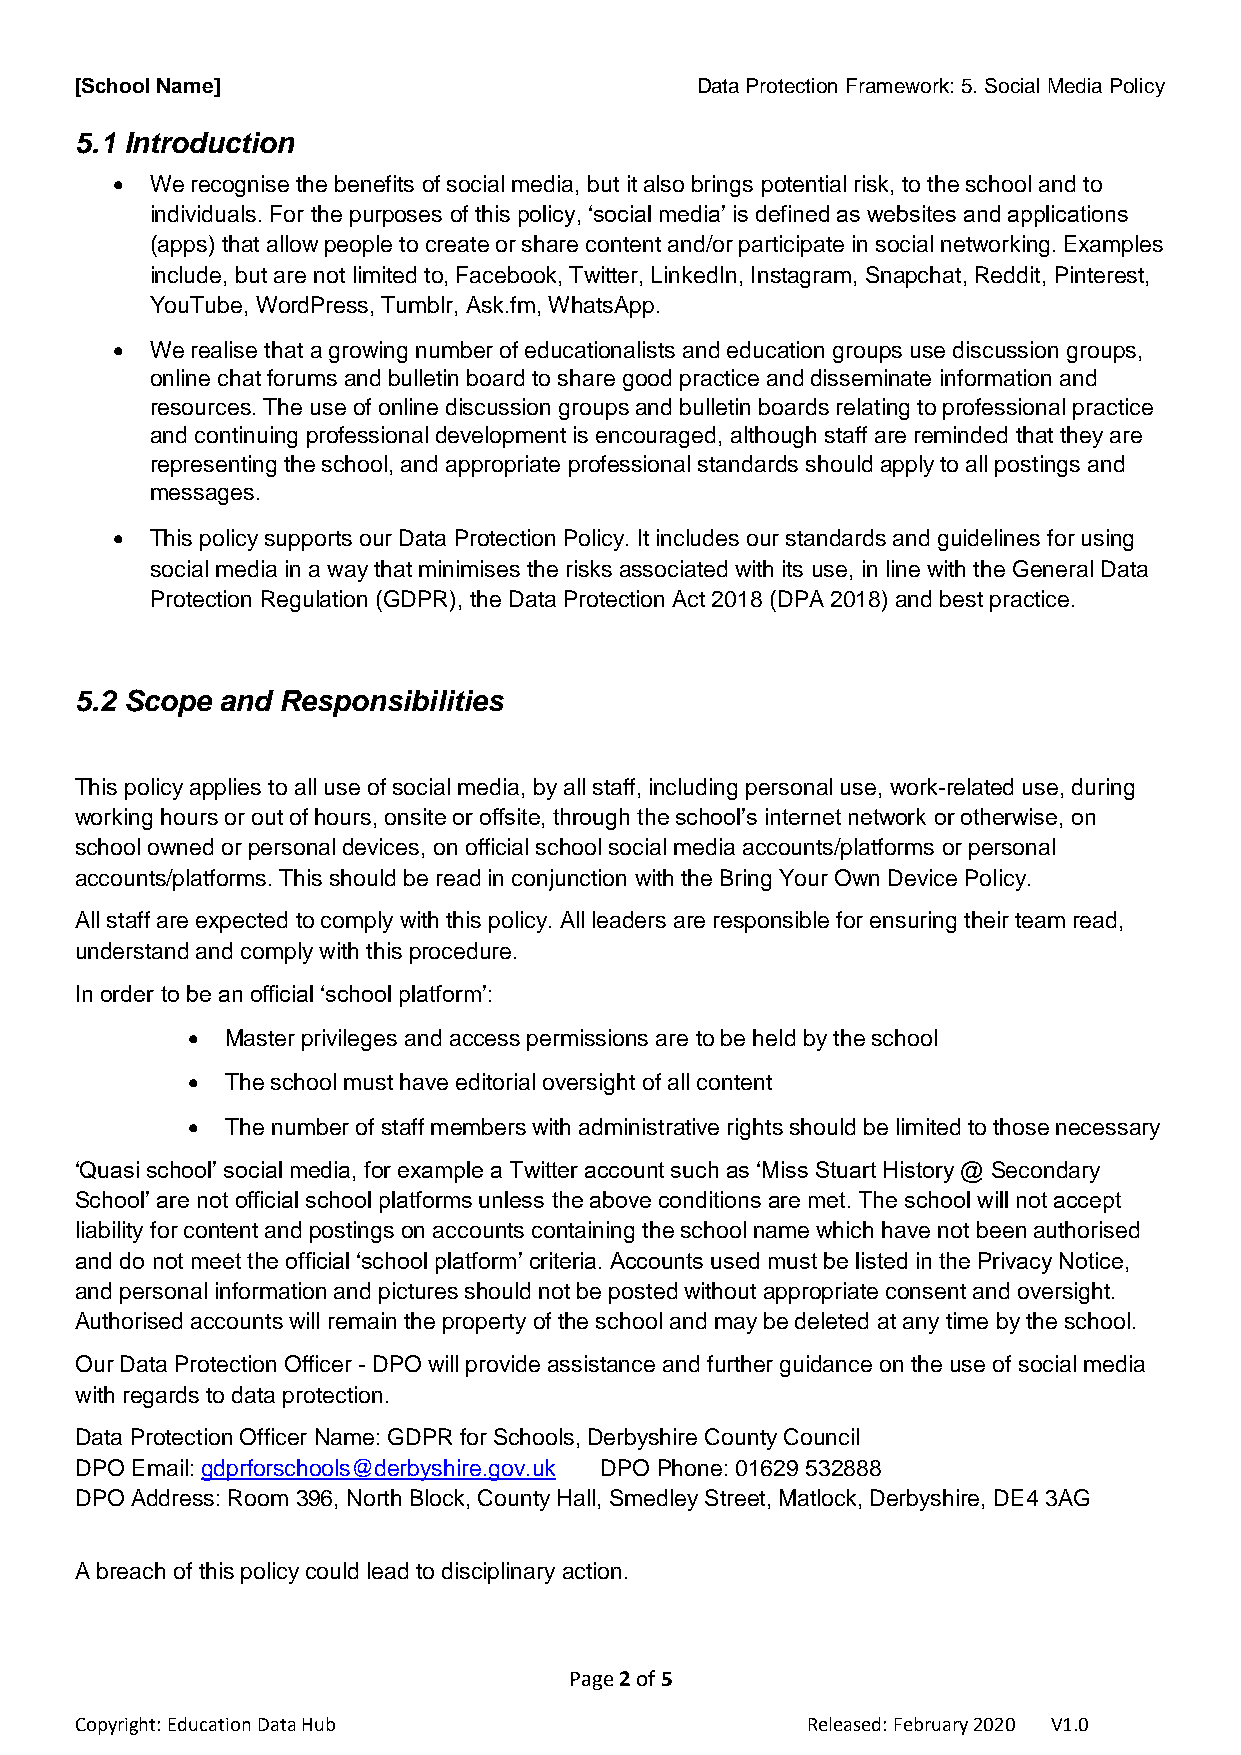
[School Name]                            Data Protection Framework: 5. Social Media Policy
 5.1 Introduction
   We recognise the benefits of social media, but it also brings potential risk, to the school and to
 individuals. For the purposes of this policy, ‘social media’ is defined as websites and applications
 (apps) that allow people to create or share content and/or participate in social networking. Examples
 include, but are not limited to, Facebook, Twitter, LinkedIn, Instagram, Snapchat, Reddit, Pinterest,
 YouTube, WordPress, Tumblr, Ask.fm, WhatsApp.
   We realise that a growing number of educationalists and education groups use discussion groups,
 online chat forums and bulletin board to share good practice and disseminate information and
 resources. The use of online discussion groups and bulletin boards relating to professional practice
 and continuing professional development is encouraged, although staff are reminded that they are
 representing the school, and appropriate professional standards should apply to all postings and
 messages.
   This policy supports our Data Protection Policy. It includes our standards and guidelines for using
 social media in a way that minimises the risks associated with its use, in line with the General Data
 Protection Regulation (GDPR), the Data Protection Act 2018 (DPA 2018) and best practice.
 5.2 Scope and Responsibilities
 This policy applies to all use of social media, by all staff, including personal use, work-related use, during
 working hours or out of hours, onsite or offsite, through the school’s internet network or otherwise, on
 school owned or personal devices, on official school social media accounts/platforms or personal
 accounts/platforms. This should be read in conjunction with the Bring Your Own Device Policy.
 All staff are expected to comply with this policy. All leaders are responsible for ensuring their team read,
 understand and comply with this procedure.
 In order to be an official ‘school platform’:
   Master privileges and access permissions are to be held by the school
   The school must have editorial oversight of all content
   The number of staff members with administrative rights should be limited to those necessary
 ‘Quasi school’ social media, for example a Twitter account such as ‘Miss Stuart History @ Secondary
 School’ are not official school platforms unless the above conditions are met. The school will not accept
 liability for content and postings on accounts containing the school name which have not been authorised
 and do not meet the official ‘school platform’ criteria. Accounts used must be listed in the Privacy Notice,
 and personal information and pictures should not be posted without appropriate consent and oversight.
 Authorised accounts will remain the property of the school and may be deleted at any time by the school.
 Our Data Protection Officer - DPO will provide assistance and further guidance on the use of social media
 with regards to data protection.
 Data Protection Officer Name: GDPR for Schools, Derbyshire County Council
 DPO Email: gdprforschools@derbyshire.gov.uk DPO Phone: 01629 532888
 DPO Address: Room 396, North Block, County Hall, Smedley Street, Matlock, Derbyshire, DE4 3AG
 A breach of this policy could lead to disciplinary action.
 Page 2 of 5
 Copyright: Education Data Hub                   Released: February 2020 V1.0